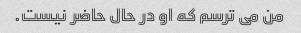
من می ترسم که او در حال حاضر نیست.